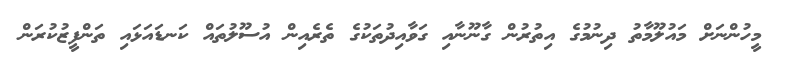
މީހުންނަށް މައުލޫމާތު ދިނުމުގެ އިތުރުން ގާނޫނާއި ގަވާއިދުތަކުގެ ތެރެއިން އުސޫލުތައް ކަނޑައަޅައި ތަންފީޒުކުރަން